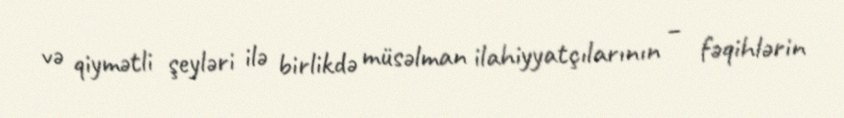
və qiymətli şeyləri ilə birlikdə müsəlman ilahiyyatçılarının – fəqihlərin